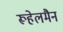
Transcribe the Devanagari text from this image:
रूहेलमैन